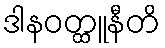
ဒါနဝတ္ထူနီတိ